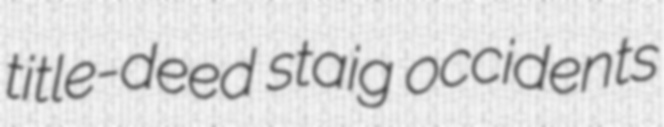
title-deed staig occidents